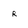
Character: R